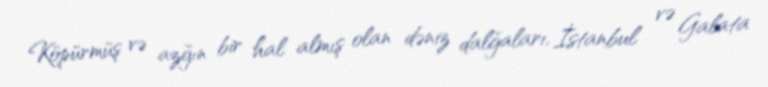
Köpürmüş və azğın bir hal almış olan dəniz dalğaları, İstanbul və Galata